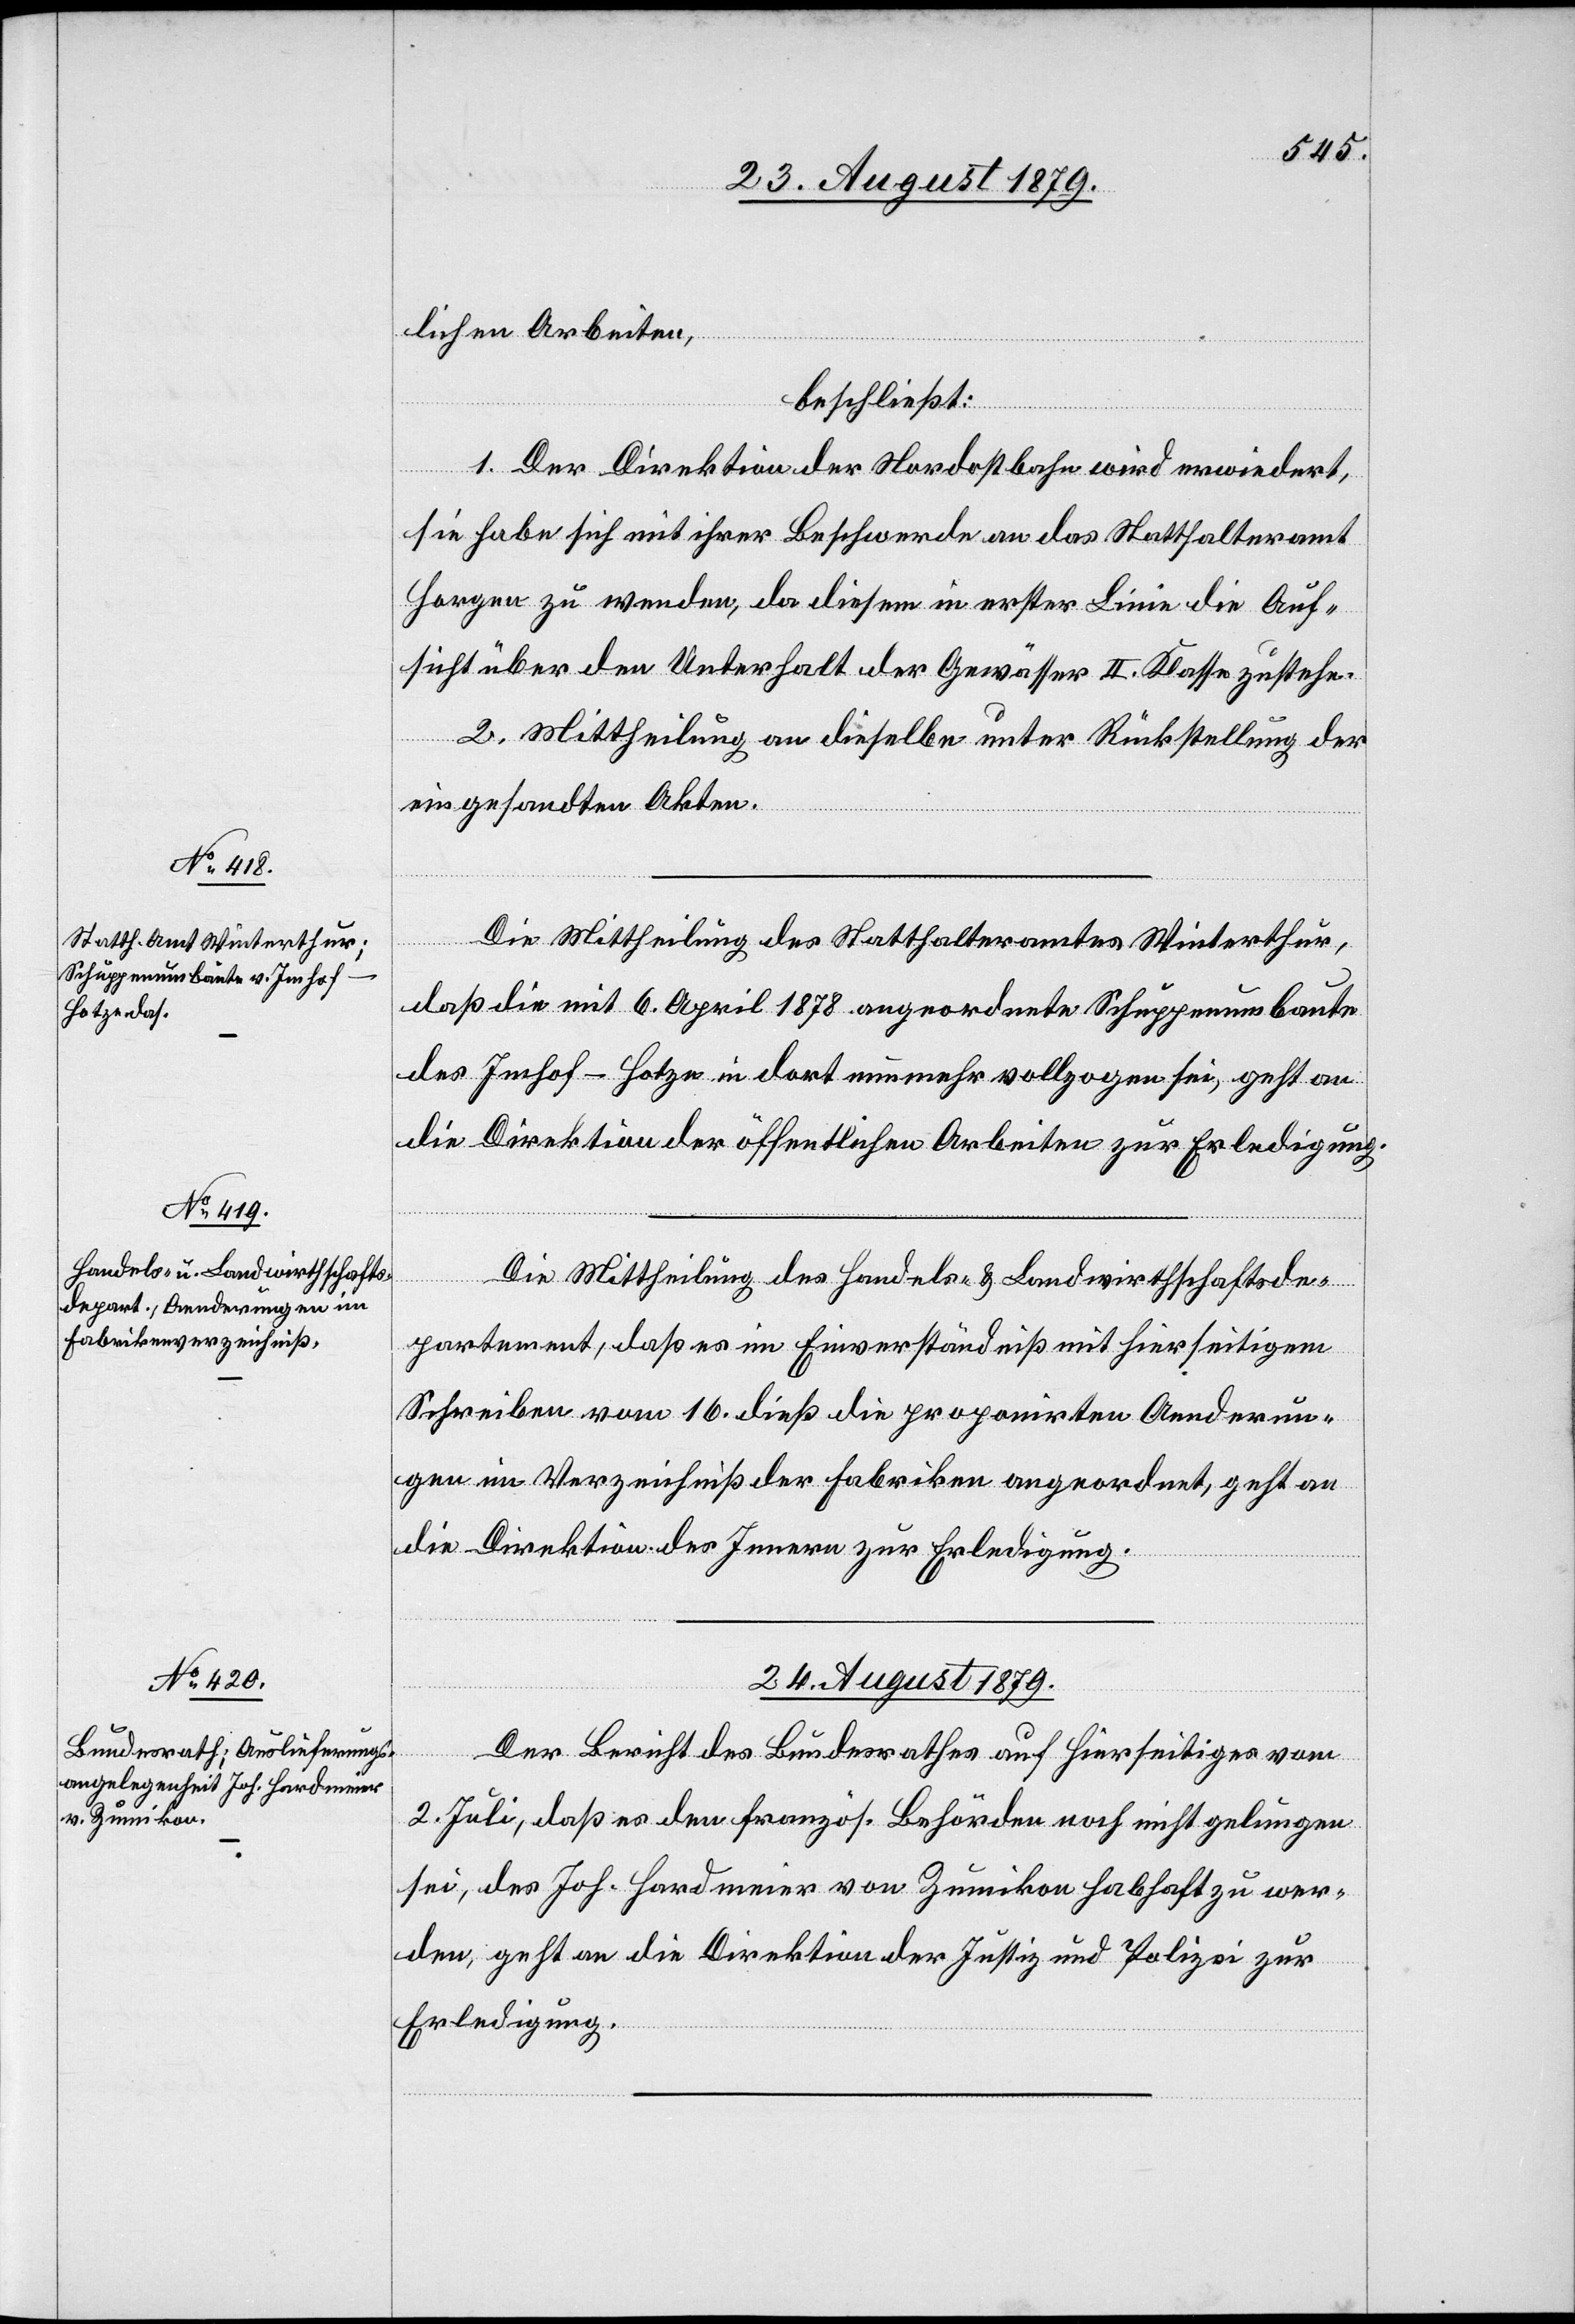
23. August 1879.]
lichen Arbeiten,
beschließt:
rfügungen]
1. Der Direktion der Nordostbahn wird erwiedert,
sie habe sich mit ihrer Beschwerde an das Statthalteramt
Horgen zu wenden, da diesem in erster Linie die Auf¬
sicht über den Unterhalt der Gewässer II. Klasse zustehe.
2. Mittheilung an dieselbe unter Rückstellung der
eingesandten Akten.
Die Mittheilung des Statthalteramtes Winterthur,
daß die mit 6. April 1878 angeordnete Schuppenbaute
des Imhof-Hotze in dort nunmehr vollzogen sei, geht an
die Direktion der öffentlichen Arbeiten zur Erledigung.
Die Mittheilung des Handels- & Landwirthschaftsde¬
partement, daß es im Einverständniß mit hierseitigem
Schreiben vom 16. dieß die proponirten Aenderun¬
gen im Verzeichniß der Fabriken angeordnet, geht an
die Direktion des Innern zur Erledigung.
24. August 1879.
[Präsidial-Ve¬
Der Bericht des Bundesrathes auf Hierseitiges vom
2. Juli, daß es den französ. Behörden noch nicht gelungen
sei, des Joh. Hardmeier von Zumikon habhaft zu wer¬
den, geht an die Direktion der Justiz und Polizei zur
Erledigung.